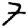
Digit: 7